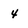
Character: 4